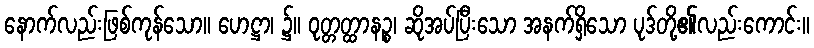
နောက်လည်းဖြစ်ကုန်သော။ ဟေဋ္ဌာ၊ ၌။ ဝုတ္တတ္ထာနဉ္စ၊ ဆိုအပ်ပြီးသော အနက်ရှိသော ပုဒ်တို့၏လည်းကောင်း။